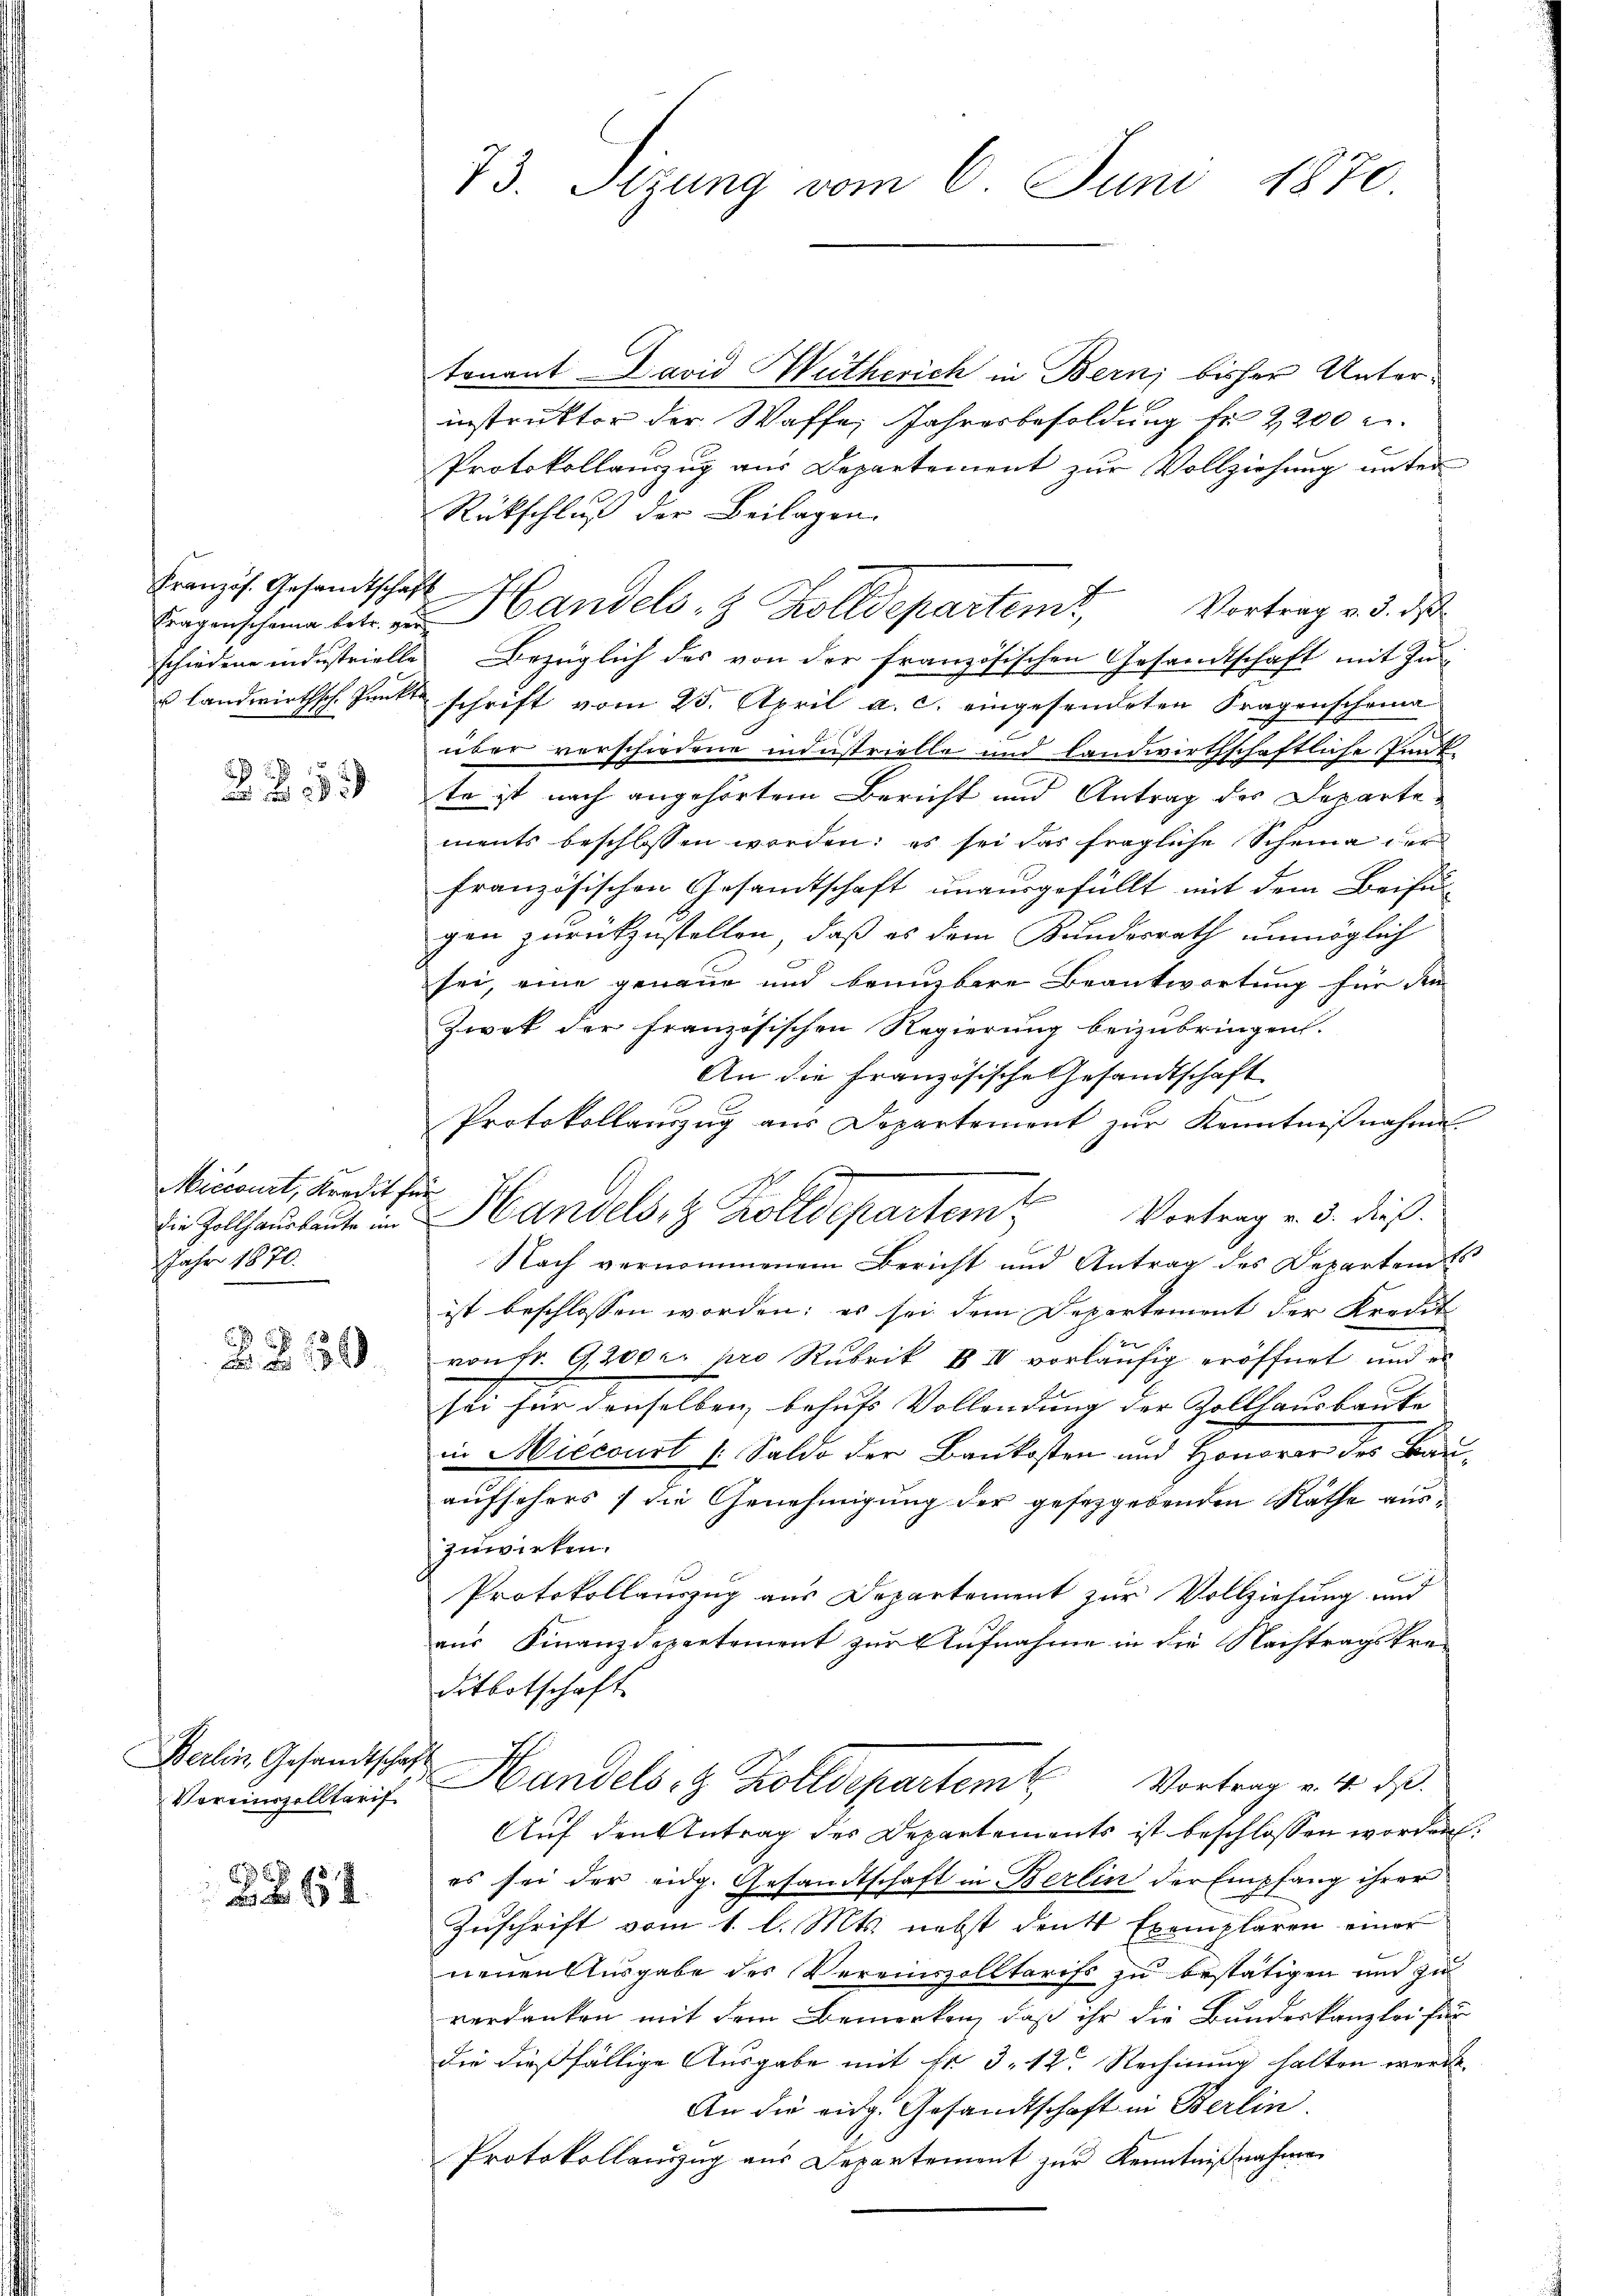
Kranzös. Gesandtschaft
Tragenscheine betr. ver
schiedene in Instrielle

7

Miccourt, Kredit für
Jahr 1870.

130.

Berlin, Gesandtschaft
Vereinszolltarif

66 x
 15 x

73. Sizung vom 6. Juni 1870.

tenant David Wütherich in Bern, bisher Unterinstruktor der Waffe Jahresbesoldung fr 2200 c.
Protokollanzŭg aŭs Departement zŭr Vollziehŭng ŭnter
Rückschluß der Beilagen.
Handels- & Zolldepartemt,
Vortrag v. 3. d
Bezüglich des von der französischen Gesandtschaft mit Zu¬
u Landwirthsch. Punkt schrift vom 25. April a. c. eingesendeten Fragenscheina
über verschiedene industrielle und landwirthschaftliche Punk
te ist nach angehörtem Bericht und Antrag des Departements beschlossen worden; es sei das fragliche Scheina der
französischen Gesamtschaft unausgefüllt mit dem Beifügen zurückzustellen, daß es dem Bundesrath unmöglich
sei, eine genaue und benuzbare Beantwortung für di
Zwek der französischen Regierung beizubringen.
An die Französische Gesandtschaft
Protokollauszug aus Departement zur Kenntnißnahme
Vortrag v. 3. dieß.
Die Zollhausbeute in Handels- & Zolldepartem
Nach vernommenem Bericht und Antrag des Departeme
ist beschlossen worden; es sei dem Departement der Kredit
von fr. 9300 r. pro Rubrik & II vorläufig eröffnet und es
sti für denselben, behufs Vollendung der Zollhausbaute
in Miecourt /: Saldo der Baukosten und Honorar des Bau-
aufsehers) die Genehmigung der gesetzgebenden Räthe aus-
zuwirken.
Protokollauszug aus Departement zur Vollziehung und
aus Finanzdepartement zur Aufnahme in die Nachtragskre¬
Sitbotschaft
Handels- & Zolldepartem Vortrag v. 14. ds.
Auf den Antrag des Departements ist beschlossen worden:
es sei der eidg. Gesandtschaft in Berlin der Empfang ihrer
Zuschrift vom 1. l. Mts. nebst denkt Exemplaren einer
neuen Ausgabe des Vereinszolltarifs zu bestätigen und zu
verdanken mit dem Bemerken, daß ihr die Bundeskanzlei für
die dießfällige Ausgabe mit Fr. 3. 12. Rechnung halten werde.
An die eidg. Gesandtschaft in Berlin.
Protokollanzug aus Departement zur Kenntnißnahmen

A
.